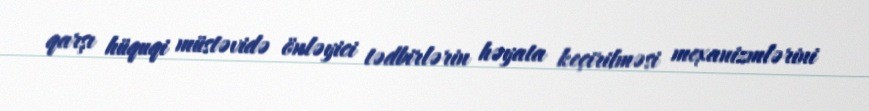
qarşı hüquqi müstəvidə önləyici tədbirlərin həyata keçirilməsi mexanizmlərini